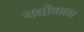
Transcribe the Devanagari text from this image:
पद्योंवाला